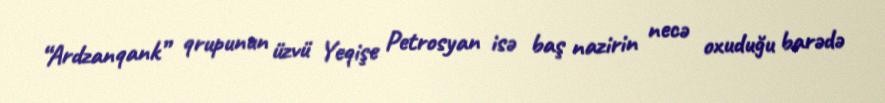
“Ardzanqank” qrupunun üzvü Yeqişe Petrosyan isə baş nazirin necə oxuduğu barədə